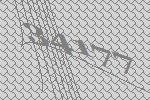
34177